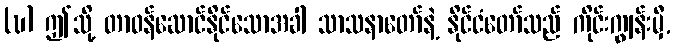
(ဎ) ဤသို့ တာဝန်ဆောင်နိုင်သောအခါ သာသနာတော်နဲ့ နိုင်ငံတော်သည် ကိုင်းကျွန်းမှီ,